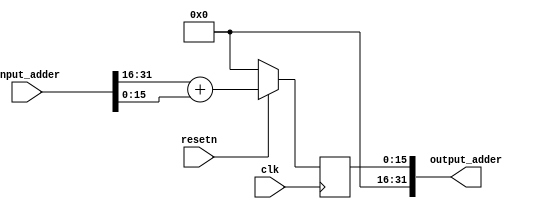
`timescale 1ns / 1ps
//////////////////////////////////////////////////////////////////////////////////
// Company: 
// Engineer: 
// 
// Design Name: 
// Module Name: adder
// Project Name: 
// Target Devices: 
// Tool Versions: 
// Description: 
// 
// Dependencies: 
// 
// Revision:
// Revision 0.01 - File Created
// Additional Comments:
// 
//////////////////////////////////////////////////////////////////////////////////


module adder(
    input wire clk,
    input wire resetn,
    input wire [31:0] input_adder,
    output wire [31:0] output_adder
    );
    
reg [16:0] sum;
always @(posedge clk)
begin
    if (~resetn)   sum <= 16'b0;
    else sum <= input_adder[31:16] + input_adder[15:0];
end
assign output_adder = {16'b0, sum[15:0]}; 
endmodule